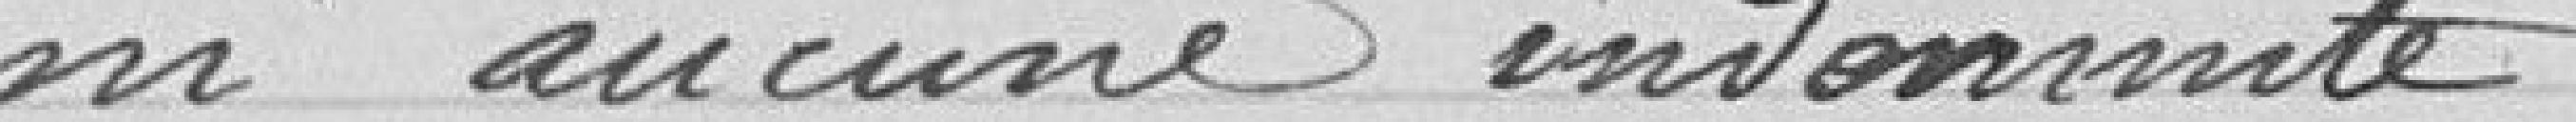
ni aucune indemnité.